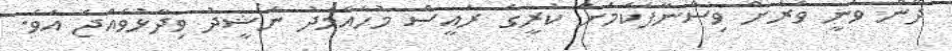
ދޭން ވަނީ ވަރަށް ވިސްނާފަކަމަށް ކުރީގެ ރައީސް މުހައްމަދު ނަޝީދު ވިދާޅުވެއްޖެ އެވެ.